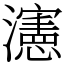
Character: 瀗